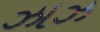
ઝાઝ